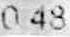
0.48